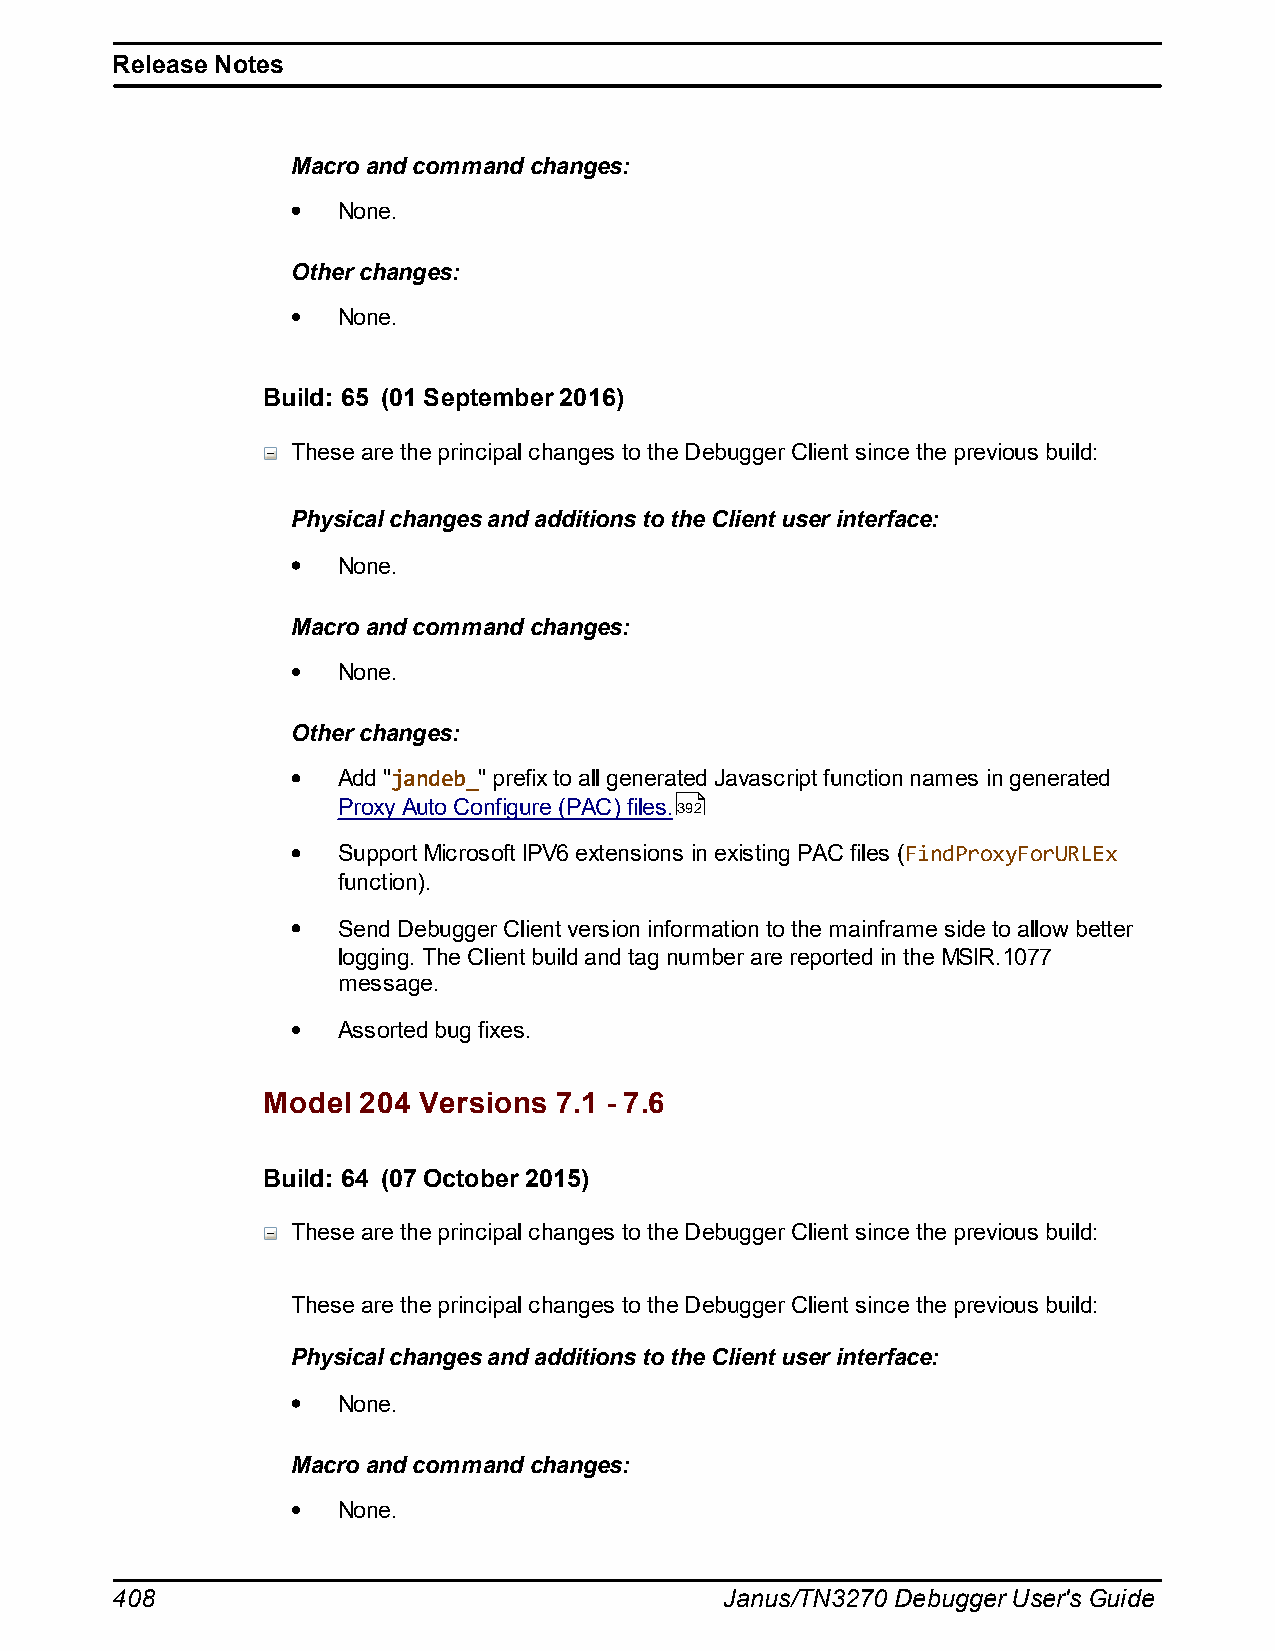
Release Notes
 Macro and command changes:
 None.
 Other changes:
 None.
 Build: 65 (01 September 2016)
 These are the principal changes to the Debugger Client since the previous build:
 Physical changes and additions to the Client user interface:
 None.
 Macro and command changes:
 None.
 Other changes:
 Add "jandeb_" prefix to all generated Javascript function names in generated
 Proxy Auto Configure (PAC) files.392
 Support Microsoft IPV6 extensions in existing PAC files (FindProxyForURLEx
 function).
 Send Debugger Client version information to the mainframe side to allow better
 logging. The Client build and tag number are reported in the MSIR.1077
 message.
 Assorted bug fixes.
 Model  204 Versions 7.1 - 7.6
 Build: 64 (07 October 2015)
 These are the principal changes to the Debugger Client since the previous build:
 These are the principal changes to the Debugger Client since the previous build:
 Physical changes and additions to the Client user interface:
 None.
 Macro and command changes:
 None.
 408                                      Janus/TN3270 Debugger User's Guide